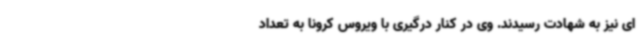
ای نیز به شهادت رسیدند. وی در کنار درگیری با ویروس کرونا به تعداد